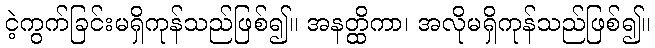
ငဲ့ကွက်ခြင်းမရှိကုန်သည်ဖြစ်၍။ အနတ္ထိကာ၊ အလိုမရှိကုန်သည်ဖြစ်၍။